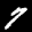
Label: 7